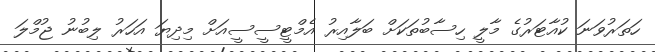
ހަތަރުވަނަ ކުއާޓަރުގެ މާލީ ހިސާބުތަކަށް ބަލާއިރު އެމްޓީސީސީއަށް މިދިޔަ އަހަރު ލިބުނު ޖުމްލަ